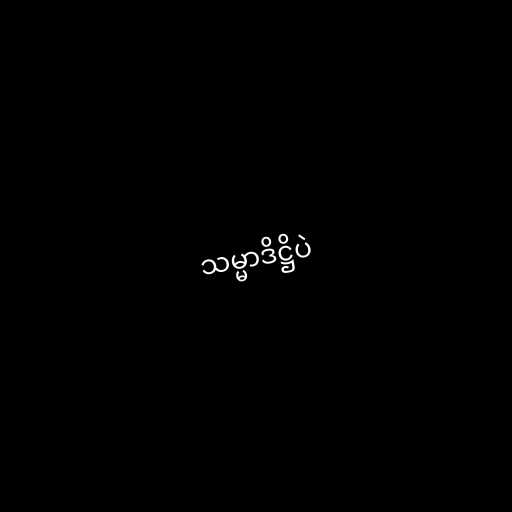
သမ္မာဒိဋ္ဌိပဲ